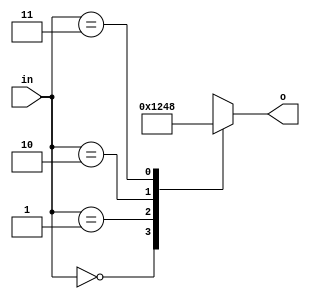
module RamDecoder(in, o);
input [1:0] in;
output reg [3:0] o;

//always @ (in)begin
always @ (*)begin
	case(in)
		2'b00 : o= 4'b0001;
		2'b01 : o= 4'b0010;
		2'b10 : o= 4'b0100;
		2'b11 : o= 4'b1000;	
default : o = 4'bxxxx;
	
endcase
end 		
endmodule